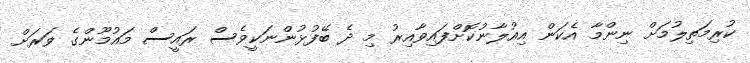
ކުރިމަތިލުމަށް ނިންމާ އެކަން އިއުލާނުކޮށްފައިވާއިރު މި ދެ ބޭފުޅުންނަކީވެސް ރައީސް މައުމޫންގެ ވަރަށް